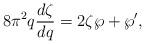
LaTeX: \begin{align*} 8 \pi^2 q \frac{d\zeta}{dq} = 2 \zeta \wp + \wp',\end{align*}